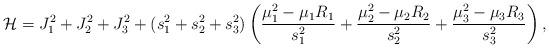
LaTeX: \begin{align*}\mathcal{H}=J_1^2+J_2^2+J_3^2+(s_1^2+s_2^2+s_3^2)\left(\frac{\mu_1^2-\mu_1 R_1}{s_1^2}+\frac{\mu_2^2-\mu_2R_2}{s_2^2}+\frac{\mu_3^2-\mu_3R_3}{s_3^2}\right),\end{align*}